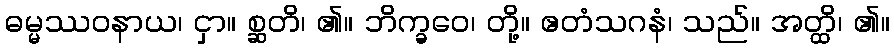
ဓမ္မဿဝနာယ၊ ငှာ။ စ္ဆတိ၊ ၏။ ဘိက္ခဝေ၊ တို့။ ဧတံသဂနံ၊ သည်။ အတ္ထိ၊ ၏။